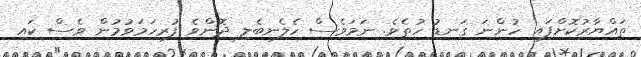
ތައްޔާރުކޮށްފައި ހުންނަ ގަނޑު ހުތެވެ. ނަމަވެސް ހެލެނބެލި ދޮންވެ ފުރިހަމަވުމުން ވެސް ކައި